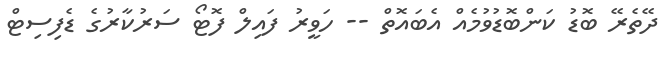
ދޭތެރޭ ބޮޑު ކަންބޮޑުވުމެއް އެބައޮތް -- ހަވީރު ފައިލް ފޮޓޯ ސަރުކާރުގެ ޑެފިސިޓް